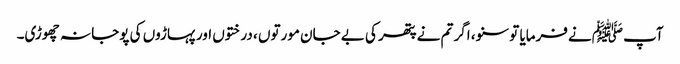
آپ ﷺنے فرمایا تو سنو، اگر تم نے پتھر کی بے جان مورتوں ، درختوں اور پہاڑوں کی پوجا نہ چھوڑی۔